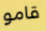
قامو